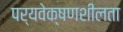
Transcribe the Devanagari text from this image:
पर्यवेक्षणशीलता